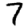
Digit: 7